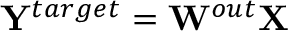
{ \bf Y } ^ { t a r g e t } = { \bf W } ^ { o u t } { \bf X }